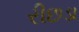
રીછડા